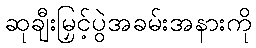
ဆုချီးမြှင့်ပွဲအခမ်းအနားကို